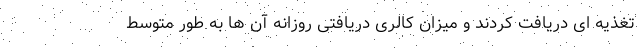
تغذیه ای دریافت کردند و میزان کالری دریافتی روزانه آن ها به طور متوسط